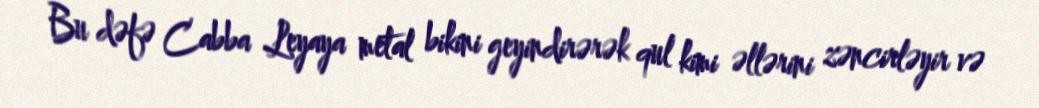
Bu dəfə Cabba Leyaya metal bikini geyindirərək qul kimi əllərini zəncirləyir və